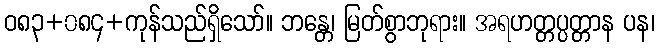
ဝ၈၃+၀၈၄+ကုန်သည်ရှိသော်။ ဘန္တေ၊ မြတ်စွာဘုရား။ အရဟတ္တပ္ပတ္တာန ပန၊